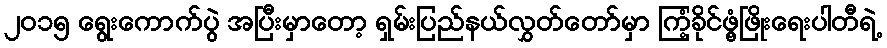
၂၀၁၅ ရွေးကောက်ပွဲ အပြီးမှာတော့ ရှမ်းပြည်နယ်လွှတ်တော်မှာ ကြံ့ခိုင်ဖွံ့ဖြိုးရေးပါတီရဲ့